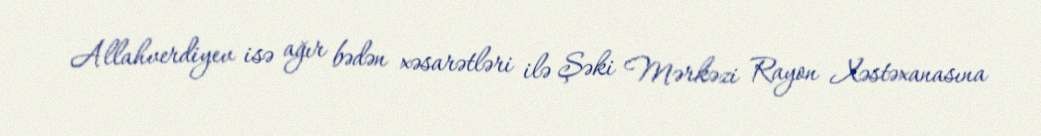
Allahverdiyev isə ağır bədən xəsarətləri ilə Şəki Mərkəzi Rayon Xəstəxanasına